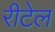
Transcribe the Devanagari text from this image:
रीटेल